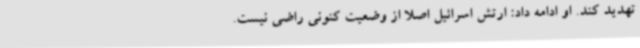
تهدید کند. او ادامه داد: ارتش اسرائیل اصلا از وضعیت کنونی راضی نیست.